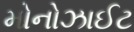
મોનોઝાઈટ